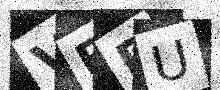
Text: VPPU